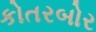
કોતરબોર